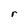
Character: r